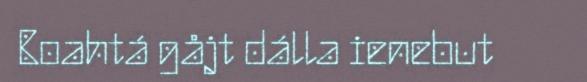
Boahtá gåjt dálla ienebut